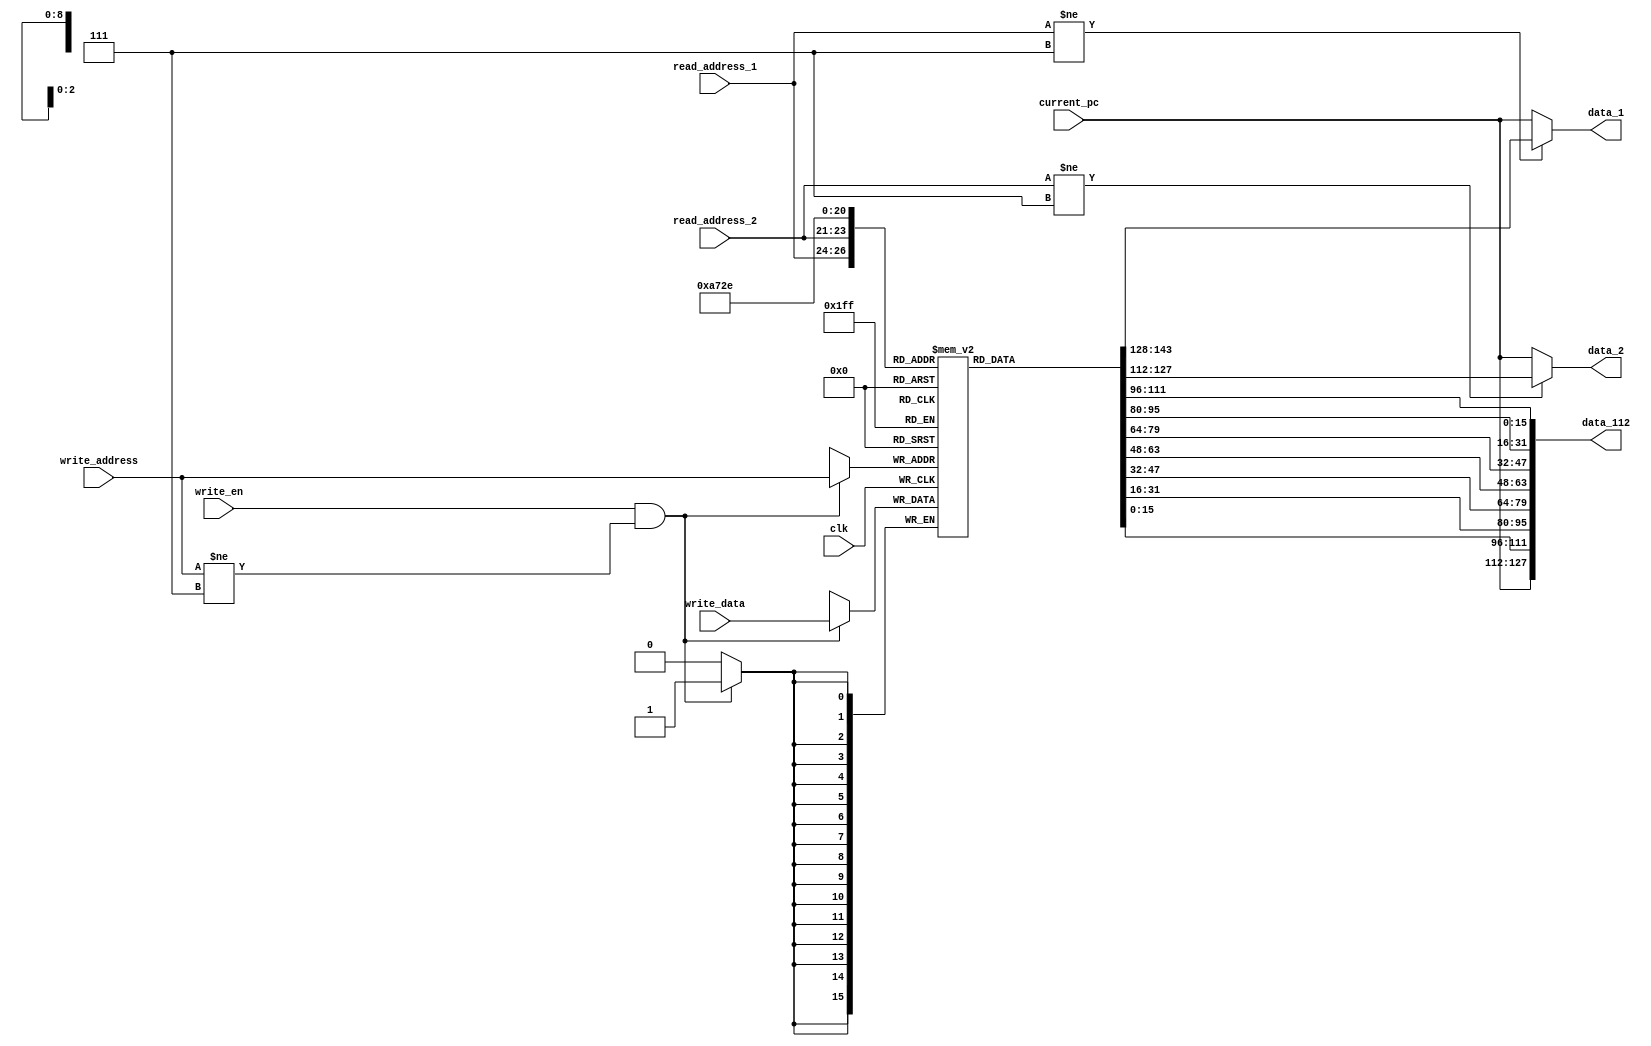
//Register file
//current_pc is the pc of the instruction in decode stage.
//its hardwired to R7
//current_pc is t the pc from fetch stage
module register_file(read_address_1,read_address_2,write_en,write_address,write_data,current_pc,clk,data_1,data_2,data_112);
input [2:0] read_address_1,read_address_2,write_address;
output wire [15:0] data_1,data_2;
output wire [127:0] data_112;//modified it to 8 reg
input write_en,clk;
input [15:0] write_data,current_pc;
//create register file
reg [15:0] RF [0:6];//there are 8 register and all are 16 bit wide
integer i;
reg [15:0] R7;
initial
begin
	for (i=0;i<7;i=i+1)
	begin
		RF[i]=i;
		end
	
end

assign  data_1=(read_address_1!=3'b111)?RF[read_address_1]:R7;
assign  data_2=(read_address_2!=3'b111)?RF[read_address_2]:R7;
assign data_112={R7,RF[6],RF[5],RF[4],RF[3],RF[2],RF[1],RF[0]};
always@(current_pc)
R7=current_pc;
always@(posedge clk)
	begin
		
		if(write_en==1'b1 && write_address!=3'b111)
			RF[write_address]<=write_data;
			
	end
endmodule

//Test_bench-working
//`timescale 1 ns/1 ps
//module tb_register_file;
//reg [2:0] tb_read_address_1,tb_read_address_2,tb_write_address;
//wire [15:0] tb_data_1,tb_data_2;
//wire [111:0] tb_data_112;
//reg tb_write_en,tb_clk;
//reg [15:0] tb_write_data,tb_current_pc;
//
//register_file R1(tb_read_address_1,tb_read_address_2,tb_write_en,tb_write_address,tb_write_data,tb_current_pc,tb_clk,tb_data_1,tb_data_2,tb_data_112);
//
//initial 
//begin
//tb_clk=1'b0;
//tb_read_address_1=3'b001;
//tb_read_address_2=3'b000;
//tb_current_pc=16'h1000;
//#15;
//tb_write_en=1'b1;
//tb_write_data=16'h43f6;
//tb_write_address=3'b100;
//#20;
//tb_write_en=1'b1;
//tb_write_data=16'hffef;
//tb_write_address=3'b101;
//#20;
//tb_write_en=1'b1;
//tb_write_data=16'h0111;
//tb_write_address=3'b011;
//#20;
//tb_write_en=1'b0;
//tb_write_data=16'haaaa;
//tb_write_address=3'b010;
//#20;
//tb_write_en=1'b1;
//tb_write_data=16'h0111;
//tb_write_address=3'b011;
//tb_current_pc=16'h1010;
//
//#20;
//tb_write_en=1'b1;
//tb_write_data=16'h0101;
//tb_write_address=3'b001;
//tb_read_address_1=3'b011;
//tb_read_address_2=3'b111;
//#20;
//tb_write_en=1'b0;
//tb_write_data=16'habce;
//tb_write_address=3'b000;
//
//#20;
//tb_write_en=1'b1;
//tb_write_data=16'habcf;
//tb_write_address=3'b000;
//
//end
//
//always
//begin
//#10;
//tb_clk<=~tb_clk;
//end
//
//
//endmodule